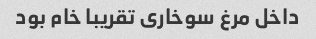
داخل مرغ سوخاری تقریبا خام بود